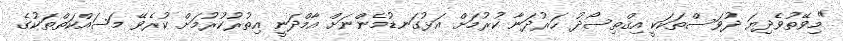
"މިވޭތުވެދިޔަ ދުވަސްތަކަކީ އިޤްތިސޯދު ހަރުދަނާ ކުރުމަށް އަޅުގަނޑުމެންނަށް އާމްދަނީ އިތުރުކުރުމަށް ކުރެވޭ މަސައްކަތްތަކުގެ